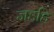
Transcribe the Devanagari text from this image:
जडहि